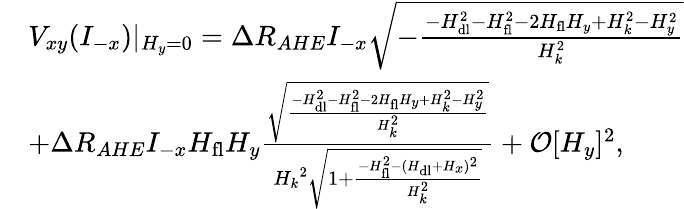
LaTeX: \begin{array}{rl}&{V_{xy}(I_{-x})\lvert{_{H_{y}=0}}=\Delta R_{AHE}I_{-x}\sqrt{-\frac{-H_{\mathrm{dl}}^{2}-H_{\mathrm{fl}}^{2}-2H_{\mathrm{fl}}H_{y}+H_{k}^{2}-H_{y}^{2}}{H_{k}^{2}}}}\\ &{+\Delta R_{AHE}I_{-x}H_{\mathrm{fl}}H_{y}\frac{\sqrt{\frac{-H_{\mathrm{dl}}^{2}-H_{\mathrm{fl}}^{2}-2H_{\mathrm{fl}}H_{y}+H_{k}^{2}-H_{y}^{2}}{H_{k}^{2}}}}{{H_{k}}^{2}\sqrt{1+\frac{-H_{\mathrm{fl}}^{2}-(H_{\mathrm{dl}}+H_{x})^{2}}{H_{k}^{2}}}}+\mathcal{O}[H_{y}]^{2},}\end{array}